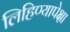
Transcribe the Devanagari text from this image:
लिहिण्यापेक्षा